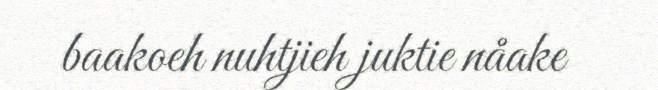
baakoeh nuhtjieh juktie nåake